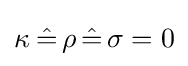
\kappa _{}\,{\hat {=}}\,\rho \,{\hat {=}}\,\sigma =0